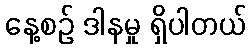
နေ့စဉ် ဒါနမှု ရှိပါတယ်